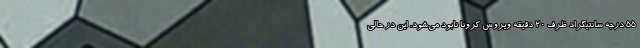
۵۵ درجه سانتیگراد ظرف ۲۰ دقیقه ویروس کرونا نابود می‌شود. این در حالی